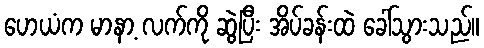
ဟေယံက မာနာ့ လက်ကို ဆွဲပြီး အိပ်ခန်းထဲ ခေါ်သွားသည်။